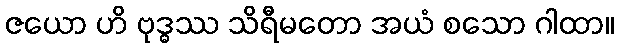
ဇယော ဟိ ဗုဒ္ဓဿ သိရီမတော အယံ စသော ဂါထာ။